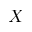
X